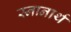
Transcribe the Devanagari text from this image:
स्‍नानार्थ